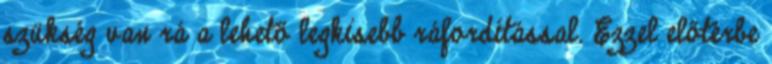
szükség van rá a lehető legkisebb ráfordítással. Ezzel előtérbe